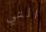
التي